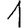
Digit: 1